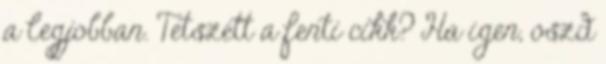
a legjobban. Tetszett a fenti cikk? Ha igen, oszd